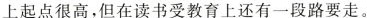
上起点很高，但在读书受教育上还有一段路要走。